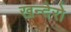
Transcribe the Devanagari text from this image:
खन्देरो